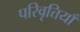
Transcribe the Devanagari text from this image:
परिवृत्तियाँ